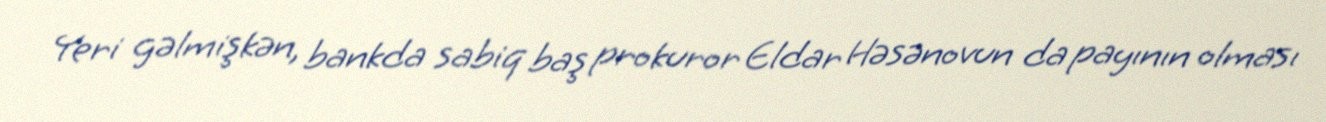
Yeri gəlmişkən, bankda sabiq baş prokuror Eldar Həsənovun da payının olması